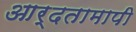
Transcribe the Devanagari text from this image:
आर्दतामापी